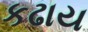
કઢાય